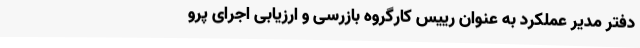
دفتر مدیر عملکرد به عنوان رییس کارگروه بازرسی و ارزیابی اجرای پرو